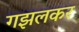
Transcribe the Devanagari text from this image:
गझलकर